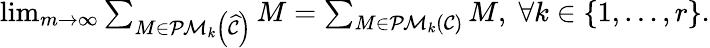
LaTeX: \begin{array}{r}{\operatorname*{lim}_{m\rightarrow\infty}\sum_{M\in\mathcal{PM}_{k}\left(\widehat{\mathcal{C}}\right)}M=\sum_{M\in\mathcal{PM}_{k}\left(\mathcal{C}\right)}M,\; \forall k\in\{ 1,\ldots,r\} .}\end{array}